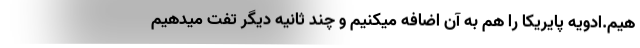
هیم.ادویه پایریکا را هم به آن اضافه میکنیم و چند ثانیه دیگر تفت میدهیم